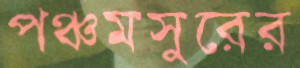
পঞ্চমসুরের